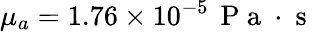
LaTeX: \mu_{a}=1.76\times 10^{-5}\, \mathrm{~P~a~}\cdot\mathrm{~s~}